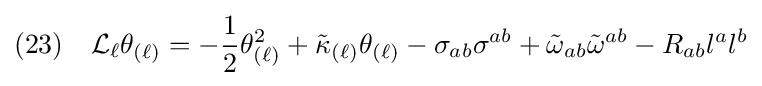
(23)\quad {\mathcal {L}}_{\ell }\theta _{(\ell )}=-{\frac {1}{2}}\theta _{(\ell )}^{2}+{\tilde {\kappa }}_{(\ell )}\theta _{(\ell )}-\sigma _{ab}\sigma ^{ab}+{\tilde {\omega }}_{ab}{\tilde {\omega }}^{ab}-R_{ab}l^{a}l^{b}